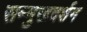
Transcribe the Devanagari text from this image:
सम्मुखदर्शन